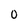
Character: 0